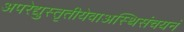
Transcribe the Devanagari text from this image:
अपरेद्युस्तृतीयेवाअस्थिसंचयनं